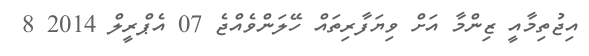
އިޖުތިމާއީ ޒިންމާ އަށް ވިޔަފާރިތައް ހޭލަންވެއްޖެ 07 އެޕްރީލް 2014 8